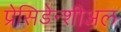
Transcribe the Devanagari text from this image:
प्रेसिडेन्शीअल